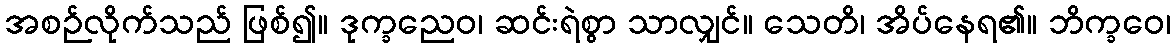
အစဉ်လိုက်သည် ဖြစ်၍။ ဒုက္ခညေဝ၊ ဆင်းရဲစွာ သာလျှင်။ သေတိ၊ အိပ်နေရ၏။ ဘိက္ခဝေ၊